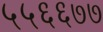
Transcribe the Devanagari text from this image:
५५६६७७